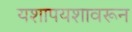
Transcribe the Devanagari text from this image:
यशापयशावरून